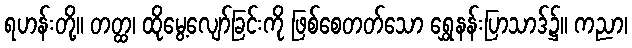
ရဟန်းတို့။ တတ္ထ၊ ထိုမွေ့လျော်ခြင်းကို ဖြစ်စေတတ်သော ရွှေနန်းပြာသာဒ်၌။ ကညာ၊